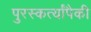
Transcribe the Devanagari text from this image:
पुरस्कर्त्यांपैकी